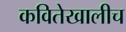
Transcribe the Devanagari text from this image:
कवितेखालीच